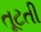
તૂટતી